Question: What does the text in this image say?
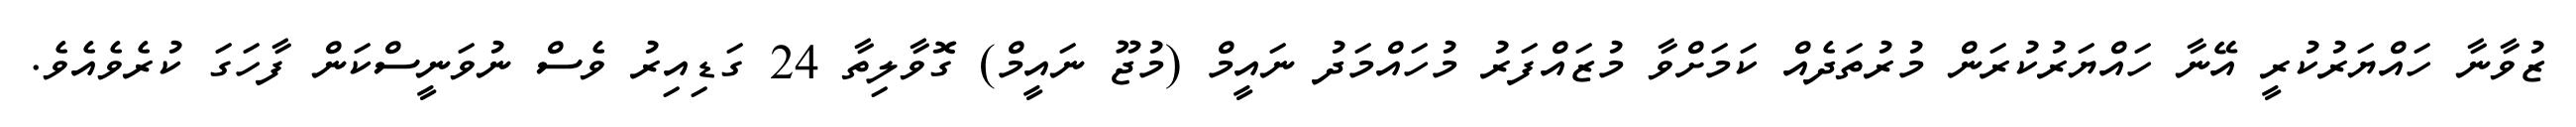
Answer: ޒުވާނާ ހައްޔަރުކުރީ އޭނާ ހައްޔަރުކުރަން މުރުތަދެއް ކަމަށްވާ މުޒައްފަރު މުހައްމަދު ނައީމް (މުޖޫ ނައީމް) ގޮވާލިތާ 24 ގަޑިއިރު ވެސް ނުވަނީސްކަން ފާހަގަ ކުރެވެއެވެ.